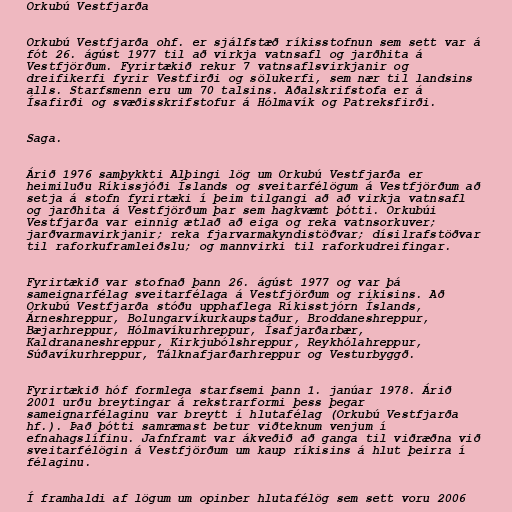
Orkubú Vestfjarða

Orkubú Vestfjarða ohf. er sjálfstæð ríkisstofnun sem sett var á
fót 26. ágúst 1977 til að virkja vatnsafl og jarðhita á
Vestfjörðum. Fyrirtækið rekur 7 vatnsaflsvirkjanir og
dreifikerfi fyrir Vestfirði og sölukerfi, sem nær til landsins
alls. Starfsmenn eru um 70 talsins. Aðalskrifstofa er á
Ísafirði og svæðisskrifstofur á Hólmavík og Patreksfirði.

Saga.

Árið 1976 samþykkti Alþingi lög um Orkubú Vestfjarða er
heimiluðu Ríkissjóði Íslands og sveitarfélögum á Vestfjörðum að
setja á stofn fyrirtæki í þeim tilgangi að að virkja vatnsafl
og jarðhita á Vestfjörðum þar sem hagkvæmt þótti. Orkubúi
Vestfjarða var einnig ætlað að eiga og reka vatnsorkuver;
jarðvarmavirkjanir; reka fjarvarmakyndistöðvar; dísilrafstöðvar
til raforkuframleiðslu; og mannvirki til raforkudreifingar.

Fyrirtækið var stofnað þann 26. ágúst 1977 og var þá
sameignarfélag sveitarfélaga á Vestfjörðum og ríkisins. Að
Orkubú Vestfjarða stóðu upphaflega Ríkisstjórn Íslands,
Árneshreppur, Bolungarvíkurkaupstaður, Broddaneshreppur,
Bæjarhreppur, Hólmavíkurhreppur, Ísafjarðarbær,
Kaldrananeshreppur, Kirkjubólshreppur, Reykhólahreppur,
Súðavíkurhreppur, Tálknafjarðarhreppur og Vesturbyggð.

Fyrirtækið hóf formlega starfsemi þann 1. janúar 1978. Árið
2001 urðu breytingar á rekstrarformi þess þegar
sameignarfélaginu var breytt í hlutafélag (Orkubú Vestfjarða
hf.). Það þótti samræmast betur viðteknum venjum í
efnahagslífinu. Jafnframt var ákveðið að ganga til viðræðna við
sveitarfélögin á Vestfjörðum um kaup ríkisins á hlut þeirra í
félaginu.

Í framhaldi af lögum um opinber hlutafélög sem sett voru 2006